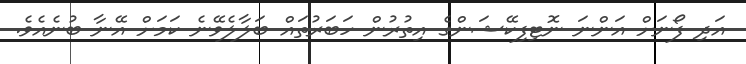
އަދި ފޯނަށް އަންނަ ނޮޓިފިކޭޝަންގެ އިތުރުން ހަބަރުތައް ބަލާލެވޭނެ ކަމަށް އޭނާ ބުނެއެވެ.